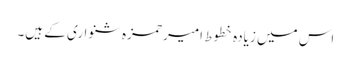
اس میں زیادہ خطوط امیر حمزہ شنواری کے ہیں۔